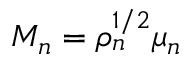
M _ { n } = \rho _ { n } ^ { 1 / 2 } \mu _ { n }